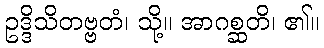
ဥဒ္ဒိသိတဗ္ဗတံ၊ သို့။ အာဂစ္ဆတိ၊ ၏။